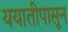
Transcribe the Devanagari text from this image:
ययातीपासून